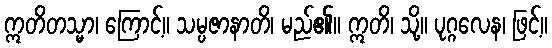
ဣတိတသ္မာ၊ ကြောင့်။ သမ္ပဇာနာတိ၊ မည်၏။ ဣတိ၊ သို့။ ပုဂ္ဂလေန၊ ဖြင့်။